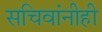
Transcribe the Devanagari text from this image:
सचिवांनीही